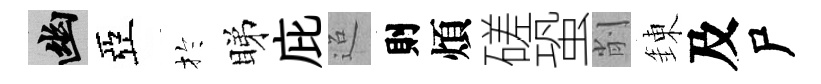
幽亞扵睇庇迢則煩磋蛩削錬及尸